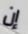
إن